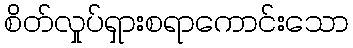
စိတ်လှုပ်ရှားစရာကောင်းသော